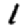
Digit: 1